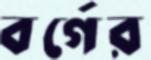
বর্গের